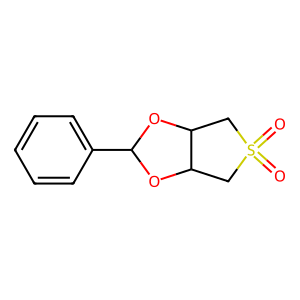
SMILES: O=S1(=O)CC2OC(c3ccccc3)OC2C1
Inhibits HIV replication: No